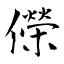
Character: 儝